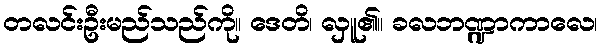
တလင်းဦးမည်သည်ကို။ ဒေတိ၊ လှူ၏။ ခလဘဏ္ဍာကာလေ၊